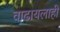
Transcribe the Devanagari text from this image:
वाढायलाही